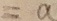
= a